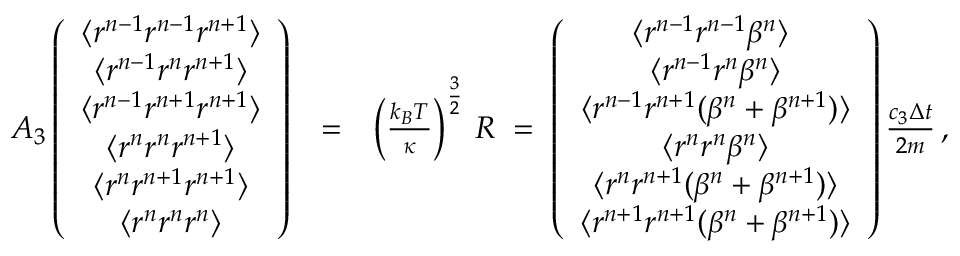
\begin{array} { r l r } { { \cal A } _ { 3 } \left( \begin{array} { c } { \langle r ^ { n - 1 } r ^ { n - 1 } r ^ { n + 1 } \rangle } \\ { \langle r ^ { n - 1 } r ^ { n } r ^ { n + 1 } \rangle } \\ { \langle r ^ { n - 1 } r ^ { n + 1 } r ^ { n + 1 } \rangle } \\ { \langle r ^ { n } r ^ { n } r ^ { n + 1 } \rangle } \\ { \langle r ^ { n } r ^ { n + 1 } r ^ { n + 1 } \rangle } \\ { \langle r ^ { n } r ^ { n } r ^ { n } \rangle } \end{array} \right) } & { = } & { \left( \frac { k _ { B } T } { \kappa } \right) ^ { \frac { 3 } { 2 } } \, { \cal R } \; = \; \left( \begin{array} { c } { \langle r ^ { n - 1 } r ^ { n - 1 } \beta ^ { n } \rangle \ } \\ { \langle r ^ { n - 1 } r ^ { n } \beta ^ { n } \rangle } \\ { \langle r ^ { n - 1 } r ^ { n + 1 } ( \beta ^ { n } + \beta ^ { n + 1 } ) \rangle } \\ { \langle r ^ { n } r ^ { n } \beta ^ { n } \rangle } \\ { \langle r ^ { n } r ^ { n + 1 } ( \beta ^ { n } + \beta ^ { n + 1 } ) \rangle } \\ { \langle r ^ { n + 1 } r ^ { n + 1 } ( \beta ^ { n } + \beta ^ { n + 1 } ) \rangle } \end{array} \right) \frac { c _ { 3 } \Delta { t } } { 2 m } \, , } \end{array}